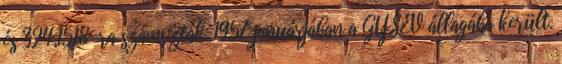
és 324,1518-ra számozták. 1957 januárjában a GYSEV állagába került.